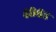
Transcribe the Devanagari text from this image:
४९६ड